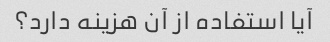
آیا استفاده از آن هزینه دارد؟